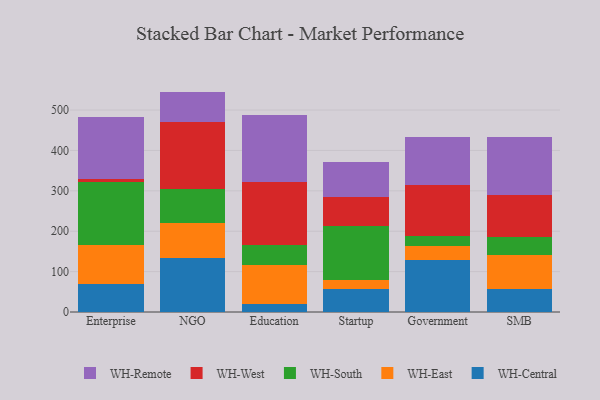
{"axis": {"x": "Segment", "y": "Market Share (%)"}, "legend": ["WH-Central", "WH-East", "WH-Remote", "WH-South", "WH-West"], "data": [{"x": "Enterprise", "y": 68.3, "type": "WH-Central"}, {"x": "Enterprise", "y": 97.1, "type": "WH-East"}, {"x": "Enterprise", "y": 157.6, "type": "WH-South"}, {"x": "Enterprise", "y": 6.2, "type": "WH-West"}, {"x": "Enterprise", "y": 152.9, "type": "WH-Remote"}, {"x": "NGO", "y": 134.7, "type": "WH-Central"}, {"x": "NGO", "y": 86.1, "type": "WH-East"}, {"x": "NGO", "y": 84.3, "type": "WH-South"}, {"x": "NGO", "y": 165.6, "type": "WH-West"}, {"x": "NGO", "y": 75.0, "type": "WH-Remote"}, {"x": "Education", "y": 20.5, "type": "WH-Central"}, {"x": "Education", "y": 95.6, "type": "WH-East"}, {"x": "Education", "y": 50.5, "type": "WH-South"}, {"x": "Education", "y": 156.2, "type": "WH-West"}, {"x": "Education", "y": 165.3, "type": "WH-Remote"}, {"x": "Startup", "y": 56.3, "type": "WH-Central"}, {"x": "Startup", "y": 23.6, "type": "WH-East"}, {"x": "Startup", "y": 134.0, "type": "WH-South"}, {"x": "Startup", "y": 71.5, "type": "WH-West"}, {"x": "Startup", "y": 86.8, "type": "WH-Remote"}, {"x": "Government", "y": 128.9, "type": "WH-Central"}, {"x": "Government", "y": 33.7, "type": "WH-East"}, {"x": "Government", "y": 24.7, "type": "WH-South"}, {"x": "Government", "y": 128.3, "type": "WH-West"}, {"x": "Government", "y": 116.7, "type": "WH-Remote"}, {"x": "SMB", "y": 57.2, "type": "WH-Central"}, {"x": "SMB", "y": 83.6, "type": "WH-East"}, {"x": "SMB", "y": 45.1, "type": "WH-South"}, {"x": "SMB", "y": 103.6, "type": "WH-West"}, {"x": "SMB", "y": 143.4, "type": "WH-Remote"}]}